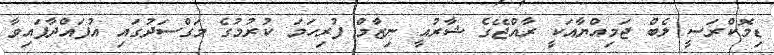
ޑިމޮކްރަސީ ލެބް ޖަމިއްޔާއަކީ ރާއްޖޭގެ ޝާރުއީ ނިޒާމް ފުރިހަމަ ކުރުމުގެ މަގްސަދުގައި އުފައްދާފައިވާ